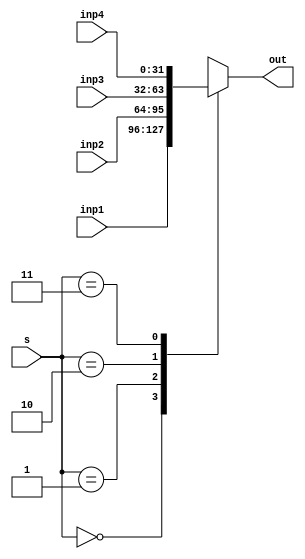
module MUX_41_32bit(inp1, inp2, inp3, inp4, s, out);
    input [31:0] inp1, inp2, inp3, inp4;
    input[1:0] s; 
    output reg [31:0] out;

    always@(s, inp1, inp2, inp3, inp4) begin
        out = 32'b0;
        case(s)
            2'b00: out = inp1;
            2'b01: out = inp2;
            2'b10: out = inp3;
            2'b11: out = inp4;
        endcase
    end

endmodule